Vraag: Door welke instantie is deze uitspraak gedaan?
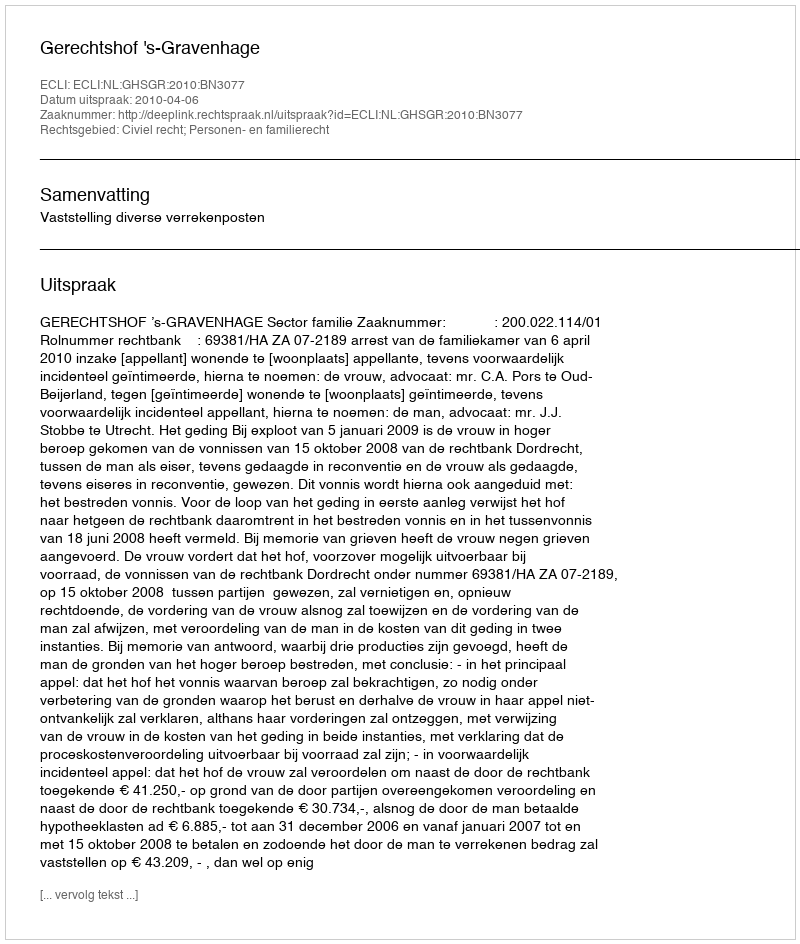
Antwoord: Gerechtshof 's-Gravenhage